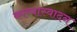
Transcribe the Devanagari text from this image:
काव्यास्वादन